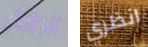
البرازيل انظري